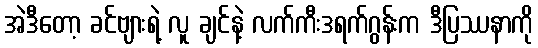
အဲဒီတော့ ခင်ဗျားရဲ့ လူ ချင်နဲ့ လက်ကီးဒရက်ဂွန်းက ဒီပြဿနာကို